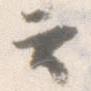
云